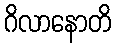
ဂိလာနောတိ